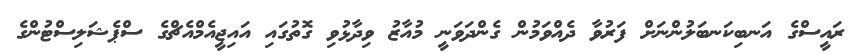
ރައީސްގެ އަނބިކަނބަލުންނަށް ފަރުވާ ދެއްވަމުން ގެންދަވަނީ މުއާޒު ވިދާޅުވި ގޮތުގައި އައިޖީއެމްއެޗްގެ ސްޕެޝަލިސްޓުންގެ